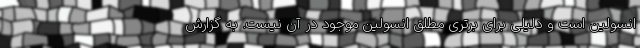
انسولین است و دلیلی برای برتری مطلق انسولین موجود در آن نیست. به گزارش